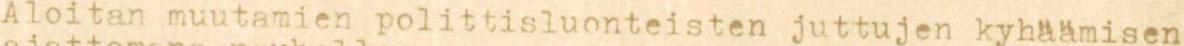
Aloitan muutamien polittisluonteisten juttujen kyhäämisen